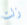
زلت